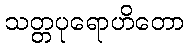
သတ္တပုရောဟိတော